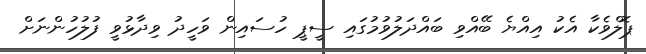
ޕޮލްވެކާ އެކު އިއްޔެ ބޭއްވި ބައްދަލުވުމުގައި ސީޕީ ހުސައިން ވަހީދު ވިދާޅުވީ ފުލުހުންނަށް